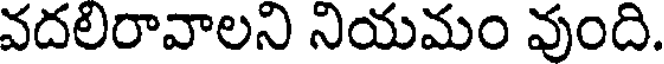
వదలిరావాలని నియమం వుంది.